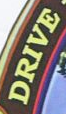
DRIVE